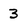
Character: 3